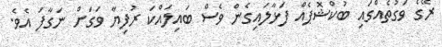
ރޭގެ ވަގުތެއްގައި ބުކްޝޮޕެއް ފަޅާލައިގެން ވެސް ބައިލައްކަ ރުފިޔާ ވަގަށް ނަގާފަ އެވެ.